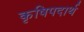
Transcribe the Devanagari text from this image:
कृषिपदार्थ